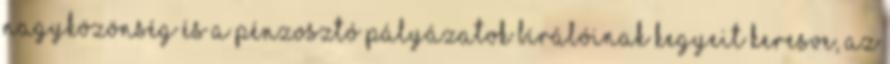
nagyközönség és a pénzosztó pályázatok bírálóinak kegyeit keresve, az